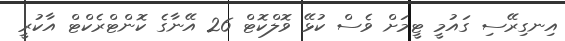
އިނގިރޭސި ގައުމީ ޓީމަށް ވެސް ކުޅޭ ވޮލްކޮޓް 26 އޭނާގެ ކޮންޓްރެކްޓް އާކުރީ